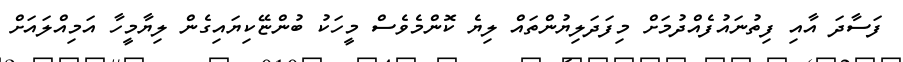
ފަސާދަ އާއި ފިތުނައުފެއްދުމަށް މިފަދަލިޔުންތައް ލިޔެ ކޮންމެވެސް މީހަކު ބުންޏޭކިޔައިގެން ލިޔާމީހާ އަމިއްލައަށް